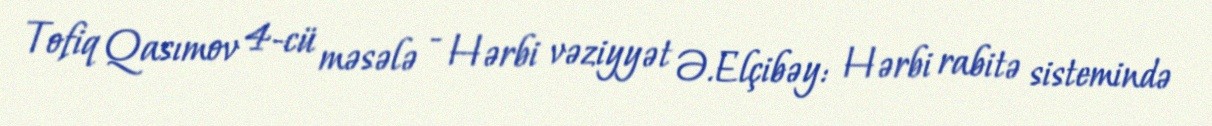
Tofiq Qasımov 4-cü məsələ - Hərbi vəziyyət Ə.Elçibəy: Hərbi rabitə sistemində